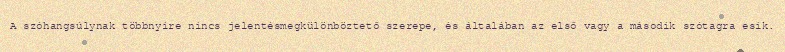
A szóhangsúlynak többnyire nincs jelentésmegkülönböztető szerepe, és általában az első vagy a második szótagra esik.